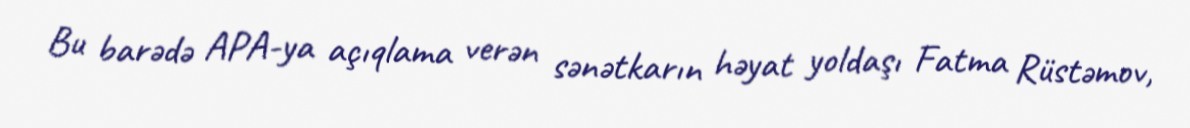
Bu barədə APA-ya açıqlama verən sənətkarın həyat yoldaşı Fatma Rüstəmov,